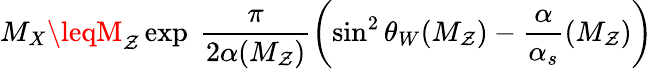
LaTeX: M_{X}\leqM_{\mathcal{Z}}\exp{\ \frac{\pi}{{2\alpha{(M_{\mathcal{Z}})}}}\left(\sin^{2}\theta_{W}(M_{\mathcal{Z}})-\frac{\alpha}{{\alpha_{s}}}{(M_{\mathcal{Z}})}\right)}